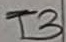
Text: T3